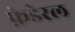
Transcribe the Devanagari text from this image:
फ़ेडेरल